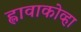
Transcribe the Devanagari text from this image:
ह्लावाकोव्हा